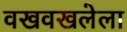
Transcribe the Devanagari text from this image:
वखवखलेला